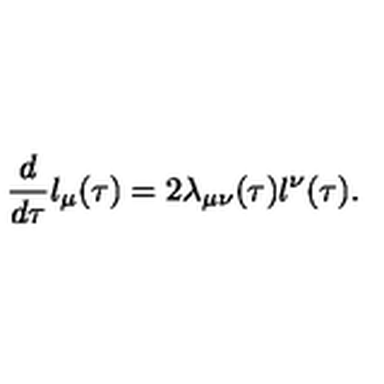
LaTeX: \frac { d } { d \tau } l _ { \mu } ( \tau ) = 2 \lambda _ { \mu \nu } ( \tau ) l ^ { \nu } ( \tau ) .